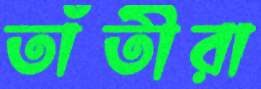
তাঁতীরা